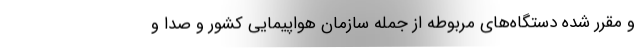
و مقرر شده دستگاه‌های مربوطه از جمله سازمان هواپیمایی کشور و صدا و